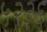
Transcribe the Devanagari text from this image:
५२३६